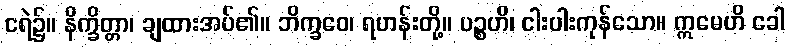
ငရဲ၌။ နိက္ခိတ္တာ၊ ချထားအပ်၏။ ဘိက္ခဝေ၊ ရဟန်းတို့။ ပဉ္စဟိ၊ ငါးပါးကုန်သော။ ဣမေဟိ ခေါ